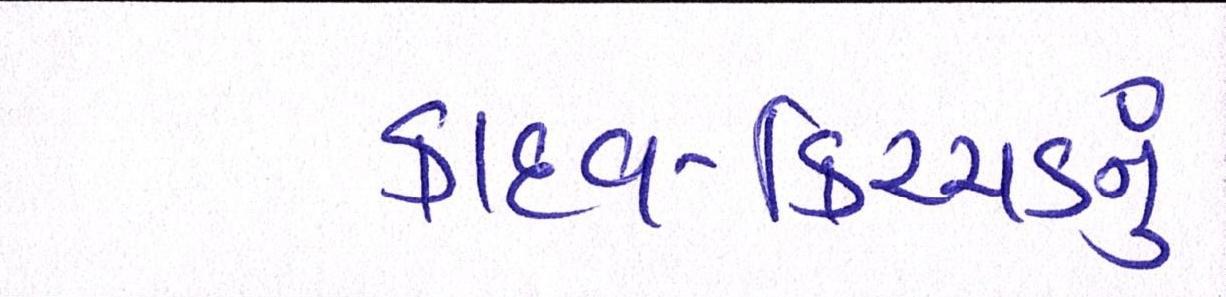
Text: કાદવ-કિચ્ચડનું